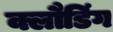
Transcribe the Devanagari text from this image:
क्लौडिंग